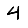
Digit: 4